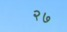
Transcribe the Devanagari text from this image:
२७